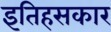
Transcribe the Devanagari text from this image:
इतिहसकार